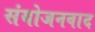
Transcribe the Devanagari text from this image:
संयोजनवाद